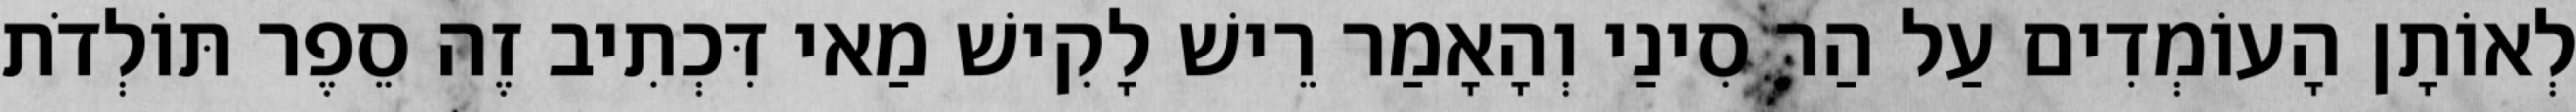
לְאוֹתָן הָעוֹמְדִים עַל הַר סִינַי וְהָאָמַר רֵישׁ לָקִישׁ מַאי דִּכְתִיב זֶה סֵפֶר תּוֹלְדֹת